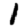
Digit: 1